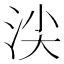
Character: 𣴒